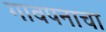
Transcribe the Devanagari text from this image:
गावपनाचा